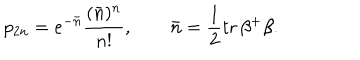
p _ { 2 n } = e ^ { - \bar { n } } \frac { ( \bar { n } ) ^ { n } } { n ! } , \qquad \bar { n } = \frac 1 2 \mathrm { t r } \, \beta ^ { + } \beta .